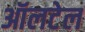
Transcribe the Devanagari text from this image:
ऑलटेल